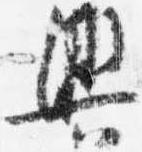
興